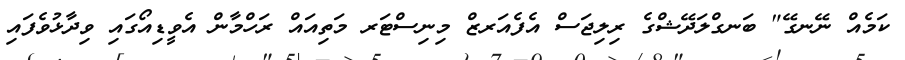
ކަމެއް ނޭނގޭ" ބަނގްލަދޭޝްގެ ރިލިޖަސް އެފެއަރޒް މިނިސްޓަރ މަތިއައް ރަހްމާން އެވީޑިއޯގައި ވިދާޅުވެފައި